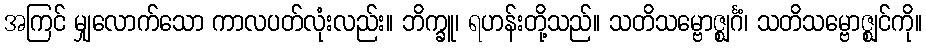
အကြင် မျှလောက်သော ကာလပတ်လုံးလည်း။ ဘိက္ခူ၊ ရဟန်းတို့သည်။ သတိသမ္ဗောဇ္ဈင်္ဂံ၊ သတိသမ္ဗောဇ္ဈင်ကို။